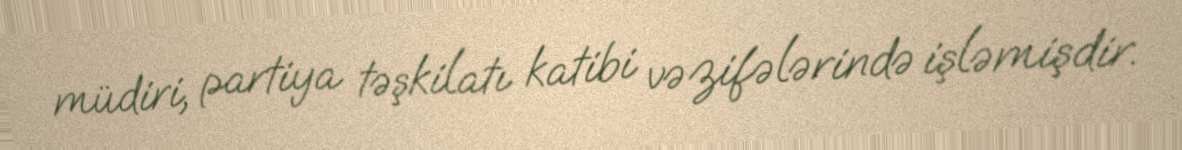
müdiri, partiya təşkilatı katibi vəzifələrində işləmişdir.